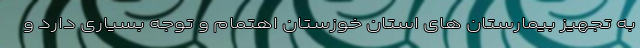
به تجهیز بیمارستان های استان خوزستان اهتمام و توجه بسیاری دارد و